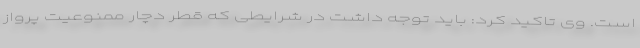
است. وی تاکید کرد: باید توجه داشت در شرایطی که قطر دچار ممنوعیت پرواز